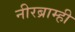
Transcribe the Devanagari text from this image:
नीरब्राम्‍ही